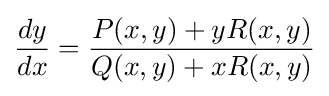
{\frac {dy}{dx}}={\frac {P(x,y)+yR(x,y)}{Q(x,y)+xR(x,y)}}